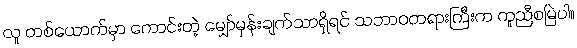
လူ တစ်ယောက်မှာ ကောင်းတဲ့ မျှော်မှန်းချက်သာရှိရင် သဘာဝတရားကြီးက ကူညီစမြဲပါ။